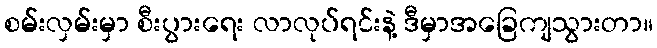
စမ်းလှမ်းမှာ စီးပွားရေး လာလုပ်ရင်းနဲ့ ဒီမှာအခြေကျသွားတာ။